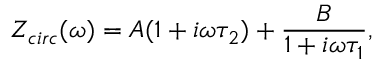
Z _ { c i r c } ( \omega ) = A ( 1 + i \omega \tau _ { 2 } ) + \frac { B } { 1 + i \omega \tau _ { 1 } } ,